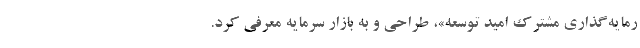
رمایه‌گذاری مشترک امید توسعه»، طراحی و به بازار سرمایه معرفی کرد.